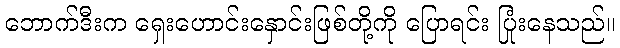
ဘောက်ဒီးက ရှေးဟောင်းနှောင်းဖြစ်တို့ကို ပြောရင်း ပြုံးနေသည်။